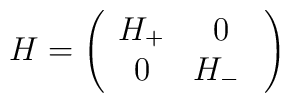
H=\left(\begin{array}{cc}   H_+ & 0 \\   0 & H_- \ \end{array}\right)